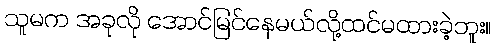
သူမက အခုလို အောင်မြင်နေမယ်လို့ထင်မထားခဲ့ဘူး။